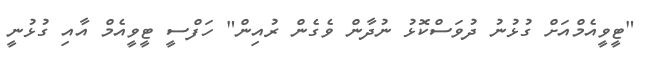
"ޓީވީއެމްއަށް ގުޅުނު ދުވަސްކޮޅު ނުދާން ވެގެން ރުއިން" ހަފްސީ ޓީވީއެމް އާއި ގުޅުނީ